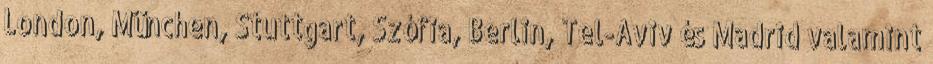
London, München, Stuttgart, Szófia, Berlin, Tel-Aviv és Madrid valamint